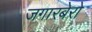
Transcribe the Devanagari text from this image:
जगारबेरो